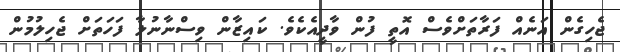
ޖެހިގެން އަނެއް ފަރާތަށްވެސް އޮތީ ފުން ވާދީއެކެވެ. ކައިޒާން ވިސްނާނުލާ ފަހަތަށް ޖެހިލުމުން